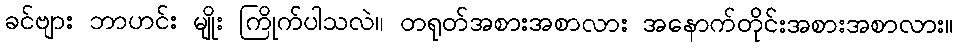
ခင်ဗျား ဘာဟင်း မျိုး ကြိုက်ပါသလဲ။ တရုတ်အစားအစာလား အနောက်တိုင်းအစားအစာလား။